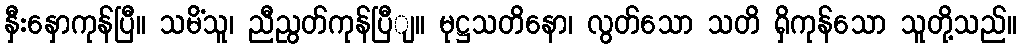
နှီးနှောကုန်ပြီ။ သမိံသူ၊ ညီညွတ်ကုန်ပြီျ။ မုဋ္ဌသတိနော၊ လွတ်သော သတိ ရှိကုန်သော သူတို့သည်။